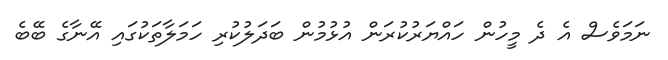
ނަމަވެސް އެ ދެ މީހުން ހައްޔަރުކުރަން އުޅުމުން ބަދަލުކުރި ހަމަލާތަކުގައި އޭނާގެ ބޭބެ